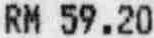
RM 59.20